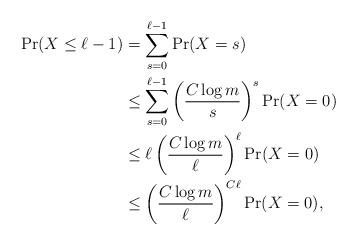
LaTeX: \begin{align*} \Pr(X \le \ell - 1) &= \sum_{s=0}^{\ell - 1} \Pr(X = s) \\ &\le \sum_{s=0}^{\ell - 1} \left(\frac{C \log m}{s}\right)^s \Pr(X = 0) \\ &\le \ell \left(\frac{C \log m}{\ell}\right)^{\ell} \Pr(X = 0) \\ &\le \left(\frac{C \log m}{\ell}\right)^{C\ell} \Pr(X = 0), \end{align*}